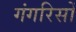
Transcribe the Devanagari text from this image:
गंगरिसों